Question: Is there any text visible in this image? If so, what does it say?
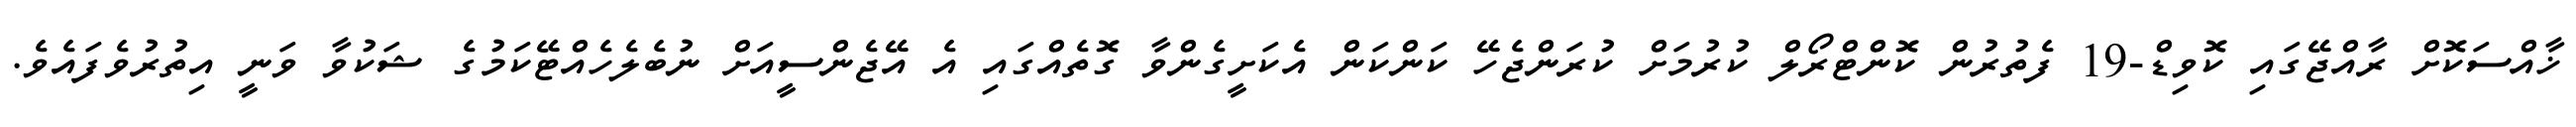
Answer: ޚާއްސަކޮށް ރާއްޖޭގައި ކޮވިޑް-19 ފެތުރުން ކޮންޓްރޯލް ކުރުމަށް ކުރަންޖެހޭ ކަންކަން އެކަށީގެންވާ ގޮތެއްގައި އެ އޭޖެންސީއަށް ނުބެލެހެއްޓޭކަމުގެ ޝަކުވާ ވަނީ އިތުރުވެފައެވެ.